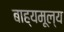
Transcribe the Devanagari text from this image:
बाह्यमूल्य